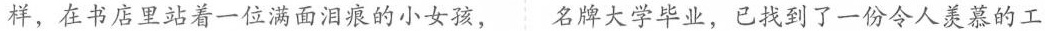
某样，在书店里站着一位满面泪痕的小女孩，名牌大学毕业，已找到了一份令人羡慕的工